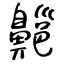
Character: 齆